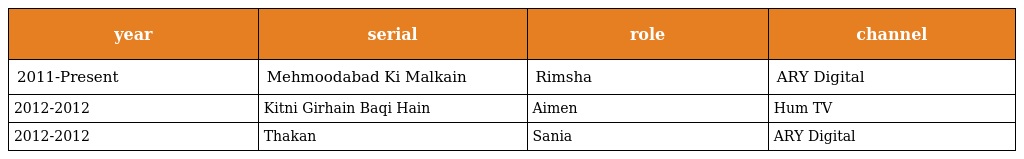
| year | serial | role | channel |
 | --- | --- | --- | --- |
 | 2011-Present | Mehmoodabad Ki Malkain | Rimsha | ARY Digital |
 | 2012-2012 | Kitni Girhain Baqi Hain | Aimen | Hum TV |
 | 2012-2012 | Thakan | Sania | ARY Digital |